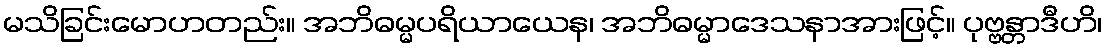
မသိခြင်းမောဟတည်း။ အဘိဓမ္မပရိယာယေန၊ အဘိဓမ္မာဒေသနာအားဖြင့်။ ပုဗ္ဗန္တာဒီဟိ၊